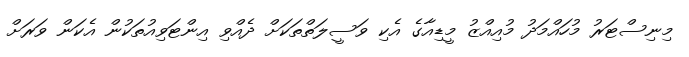
މިނިސްޓަރު މުހައްމަދު މުއިއްޒު މީޑިއާގެ އެކި ވަސީލަތްތަކަށް ދެއްވި އިންޓަވިއުތަކުން އެކަން ވަރަށް